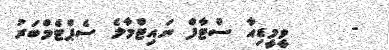
-     ވީމީޑިއާ ސްޓާފް ނައިޓްމާލެ ސެޕްޓެމްބަރު